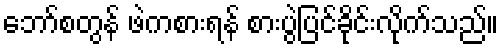
ဘော်စတွန် ဖဲကစားရန် စားပွဲပြင်ခိုင်းလိုက်သည်။